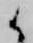
候